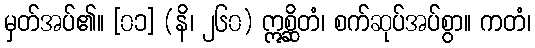
မှတ်အပ်၏။ [၀၁] (နိ၊ ၂၆၀) ဣစ္ဆိတံ၊ စက်ဆုပ်အပ်စွာ။ ကတံ၊